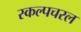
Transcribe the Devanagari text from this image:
स्‍कल्‍पचरल